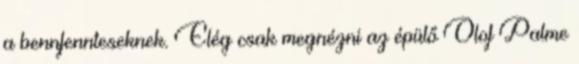
a bennfennteseknek. Elég csak megnézni az épülő Olof Palme